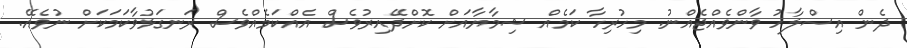
ދެން އިސްލާހު ވާންވެއްޖެއްނު. މިހުރިހާ ކަމެއް ޝިމާޔާއަށް ކޮށްދޭއިރުވެސް އެއްކަމެއްވެސް ރަނގަޅުވާކަމަކަށް ނުވެއޭ.